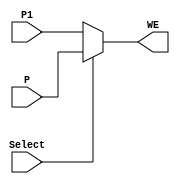
`timescale 1ns / 1ps
//////////////////////////////////////////////////////////////////////////////////
// Company: 
// Engineer: 
// 
// Design Name: 
// Module Name:    Mux_Write_Enable 
// Project Name: 
// Target Devices: 
// Tool versions: 
// Description: 
//
// Dependencies: 
//
// Revision: 
// Revision 0.01 - File Created
// Additional Comments: 
//
//////////////////////////////////////////////////////////////////////////////////
module Mux_Write_Enable( // mux para el write_enable de banco de registros
    input P, // se tienen dos seales, una cuando se programa con botones y se quiere escribir datos en esos registros
    input P1, // y otra donde se envian datos al RTC y se habilita la lectura del banco de registros
    input Select, // selector
    output WE // salida de write_enable de banco de registros de programacion
    );
assign WE= Select ? P : P1; // select 0 pasa P1 con select 1 pasa P

endmodule